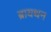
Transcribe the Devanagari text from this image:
ब्रायथन